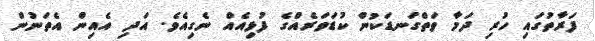
ފަރާތުގައި ހުރި ދަމާ ވަތްގަނޑަކުން ކުޑަވަރެއްގެ ފުޅިއެއް ނެގިއެވެ. އަދި އެއިން އެތަނުން